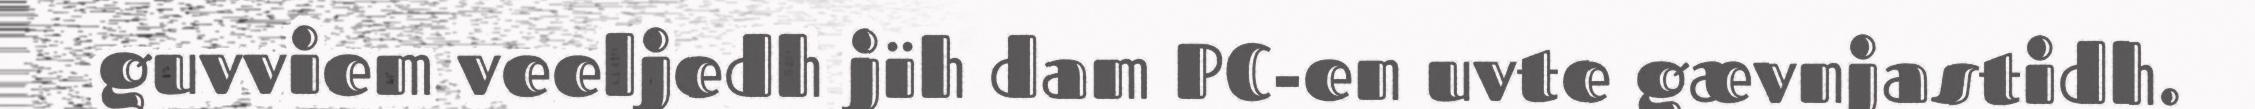
guvviem veeljedh jïh dam PC-en uvte gævnjastidh.